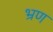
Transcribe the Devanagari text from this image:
भ्रण